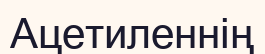
Ацетиленнің